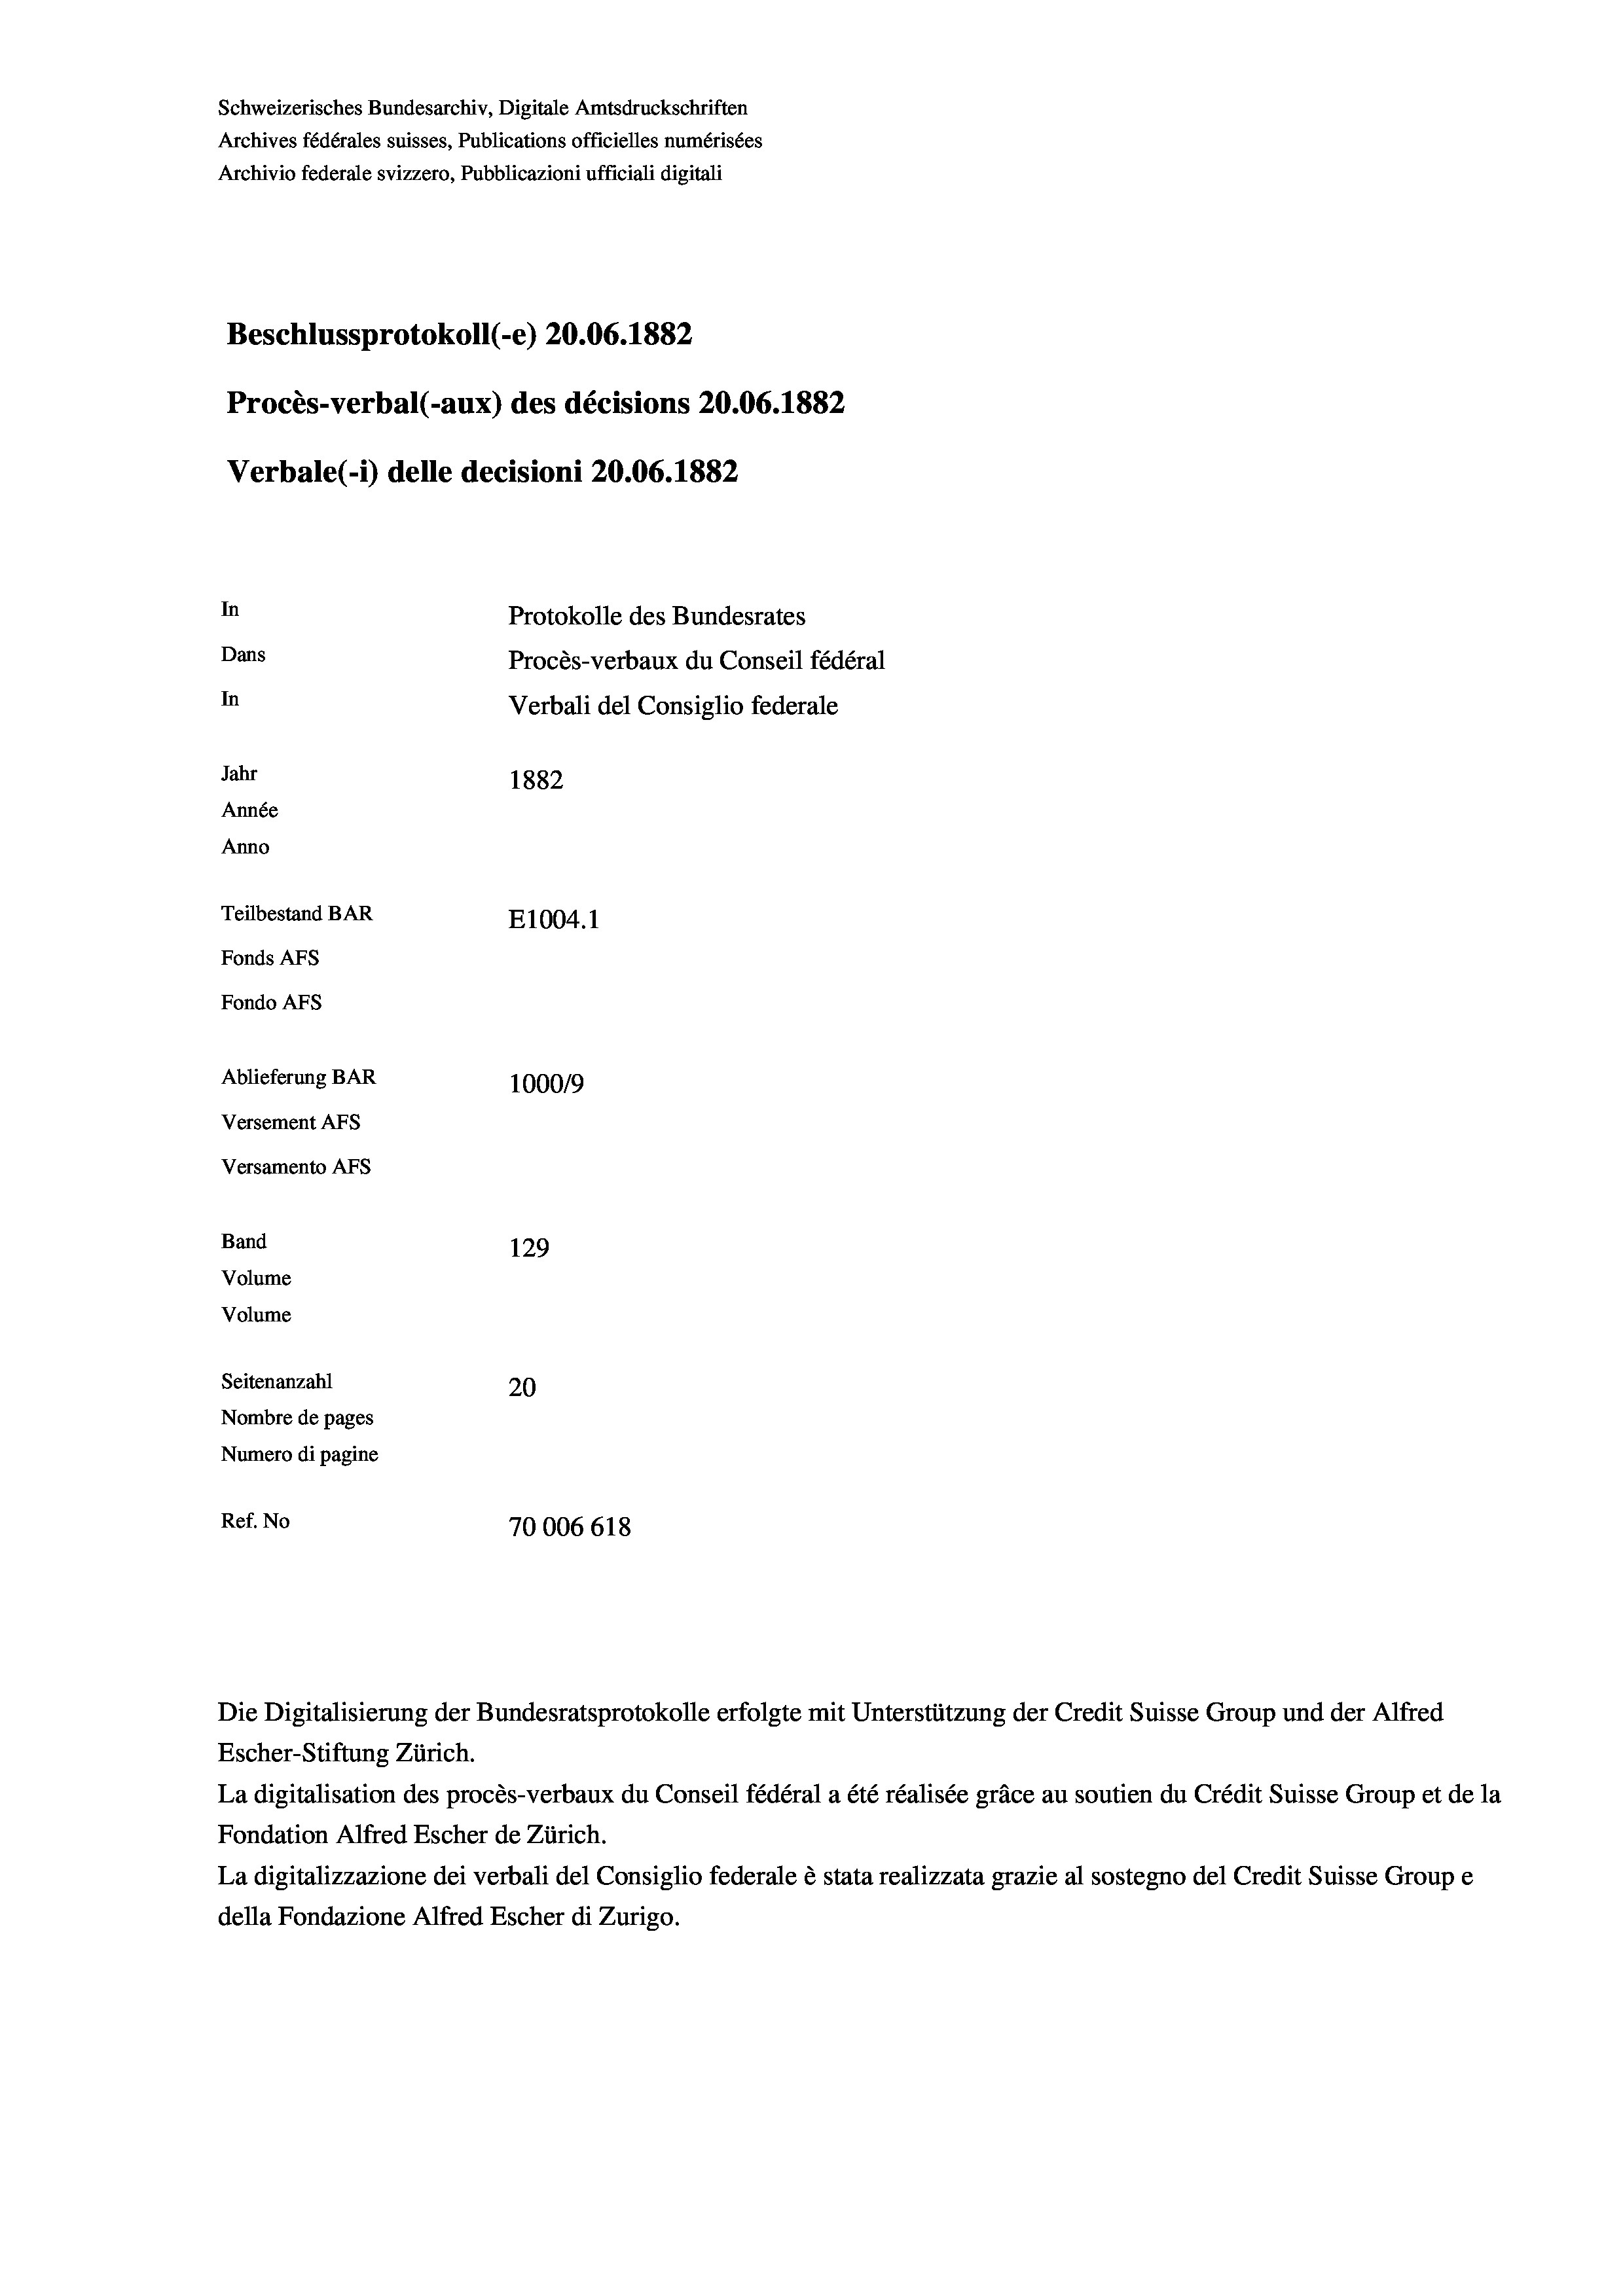
Schweizerisches Bundesarchiv, Digitale Amtsdruckschriften
Archives fédérales suisses, Publications officielles numérisées
Archivio federale svizzero, Pubblicazioni ufficiali digitali
Beschlussprotokoll (-e) 20.06. 1882
Procès-verbal (-aux) des décisions 20.06. 1882
Verbale (i) delle decisioni 20.06. 1882
In
Protokolle des Bundesrates
Dans
Procès-verbaux du Conseil fédéral
In
Verbali del Consiglio federale
Jahr
1882
Année
Anno
Teilbestand BAR
E1004. 1
Fonds Afs
Fondo AFs
Ablieferung BAR
1000/9
Versement Abs
Versamento AFs
Band
129
Volume
Volume
Seitenanzahl
20
Nombre de pages
Numero di pagine
Ref. No
70006 618

Escher-Stiftung Zürich.
La digitalisation des procès-verbaux du Conseil fédéral a été réalisée gräce au soutien du Crédit Suisse Group et de la
Fondation Alfred Escher de Zürich.
La digitalizzazione dei verbali del Consiglio federale è stata realizzata grazie al sostegno del Credit Suisse Groupe
della Fondazione Alfred Escher di Zurigo.

Die Digitalisierung der Bundesratsprotokolle erfolgte mit Unterstützung der Credit Suisse Group und der Alfred